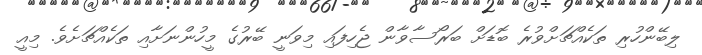
ލިބޭންހުރި ތަކެއްޗަށްވުރެ ބޮޑަށް ބަރޯސާވާން ޖެހިފައި މިވަނީ ބޭރުގެ މީހުންނަށާއި ތަކެއްޗަށެވެ. މިއީ